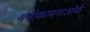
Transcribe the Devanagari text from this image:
मनोकामनाओंके